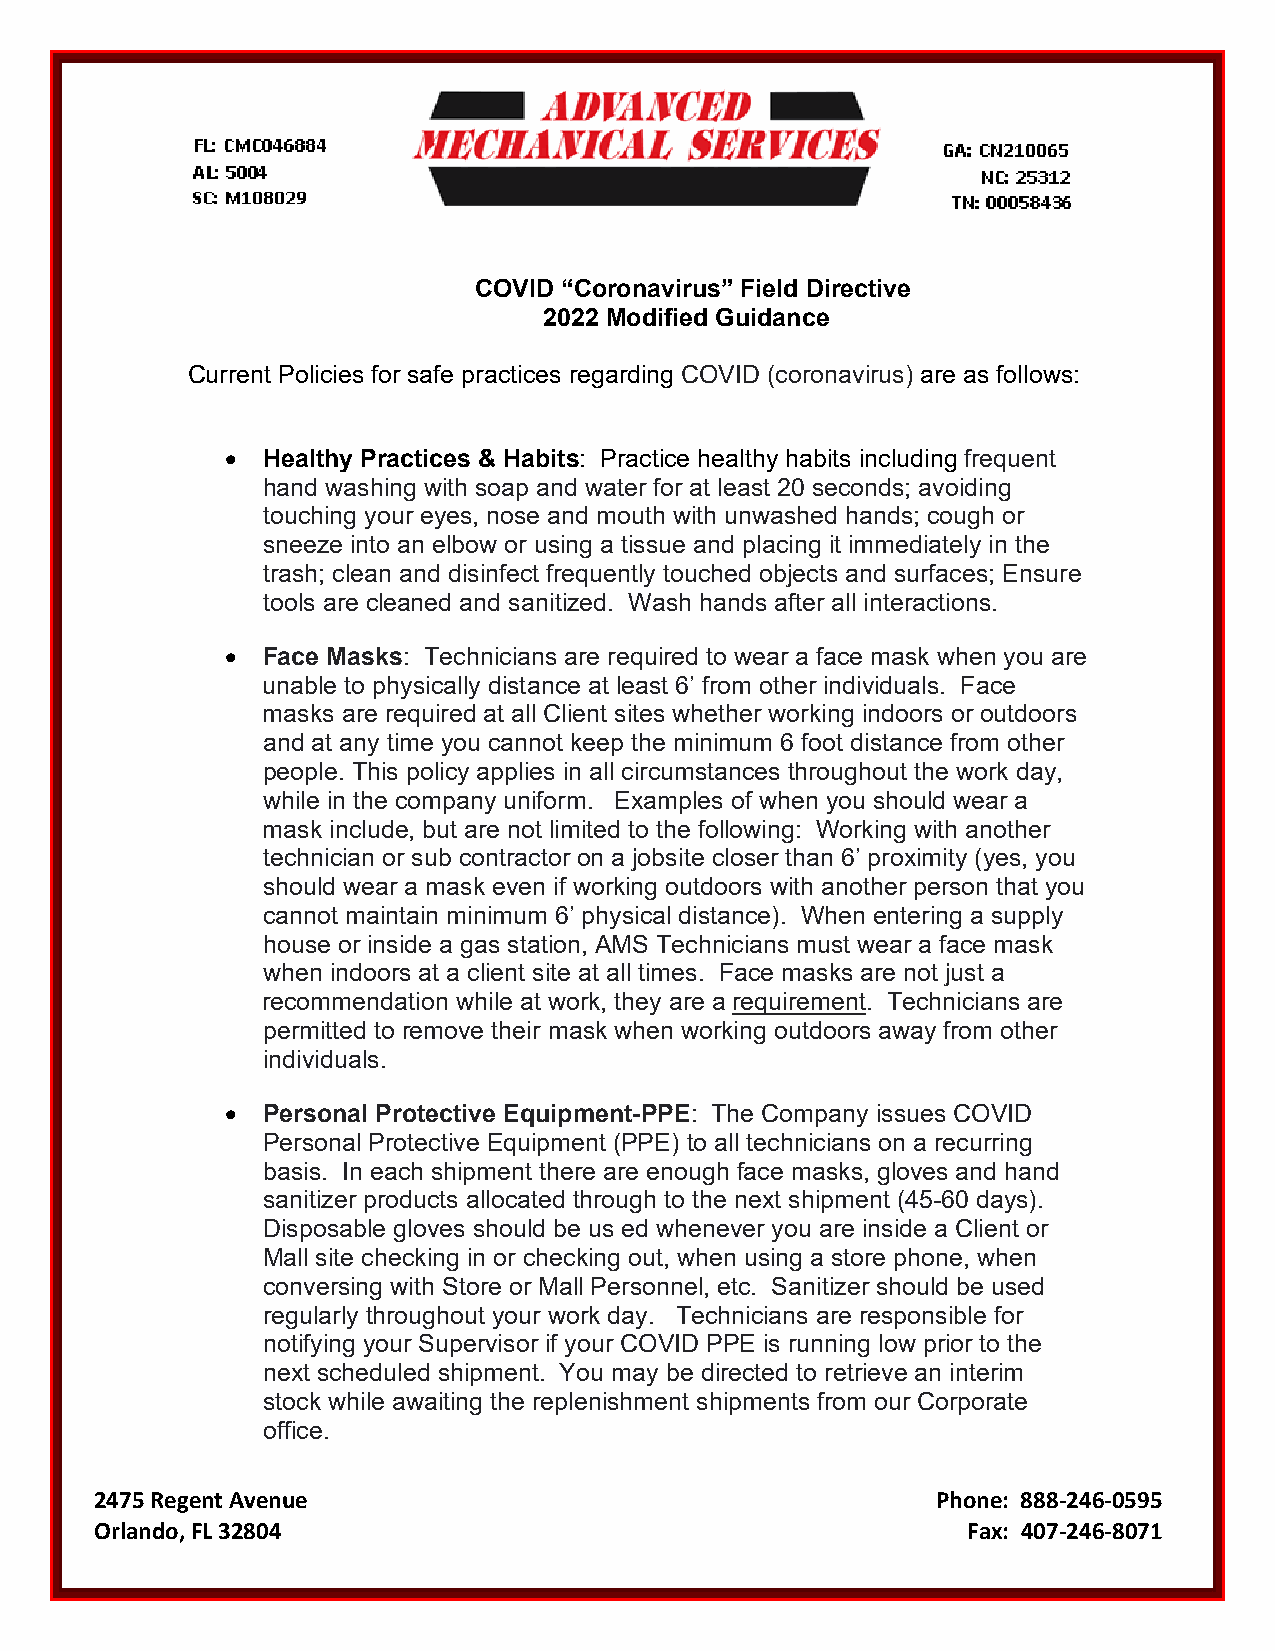
COVID “Coronavirus” Field Directive
 2022 Modified Guidance
 Current Policies for safe practices regarding COVID (coronavirus) are as follows:
 • Healthy Practices & Habits: Practice healthy habits including frequent
 hand washing with soap and water for at least 20 seconds; avoiding
 touching your eyes, nose and mouth with unwashed hands; cough or
 sneeze into an elbow or using a tissue and placing it immediately in the
 trash; clean and disinfect frequently touched objects and surfaces; Ensure
 tools are cleaned and sanitized. Wash hands after all interactions.
 • Face Masks: Technicians are required to wear a face mask when you are
 unable to physically distance at least 6’ from other individuals. Face
 masks are required at all Client sites whether working indoors or outdoors
 and at any time you cannot keep the minimum 6 foot distance from other
 people. This policy applies in all circumstances throughout the work day,
 while in the company uniform. Examples of when you should wear a
 mask include, but are not limited to the following: Working with another
 technician or sub contractor on a jobsite closer than 6’ proximity (yes, you
 should wear a mask even if working outdoors with another person that you
 cannot maintain minimum 6’ physical distance). When entering a supply
 house or inside a gas station, AMS Technicians must wear a face mask
 when indoors at a client site at all times. Face masks are not just a
 recommendation while at work, they are a requirement. Technicians are
 permitted to remove their mask when working outdoors away from other
 individuals.
 • Personal Protective Equipment-PPE: The Company issues COVID
 Personal Protective Equipment (PPE) to all technicians on a recurring
 basis. In each shipment there are enough face masks, gloves and hand
 sanitizer products allocated through to the next shipment (45-60 days).
 Disposable gloves should be us ed whenever you are inside a Client or
 Mall site checking in or checking out, when using a store phone, when
 conversing with Store or Mall Personnel, etc. Sanitizer should be used
 regularly throughout your work day. Technicians are responsible for
 notifying your Supervisor if your COVID PPE is running low prior to the
 next scheduled shipment. You may be directed to retrieve an interim
 stock while awaiting the replenishment shipments from our Corporate
 office.
 2475 Regent Avenue                                      Phone: 888-246-0595
 Orlando, FL 32804                                         Fax: 407-246-8071